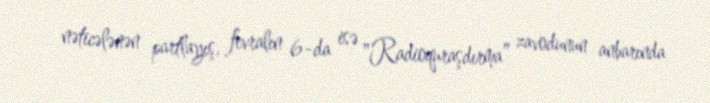
nəticələnən partlayış, fevralın 6-da isə "Radioquraşdırma” zavodunun anbarında